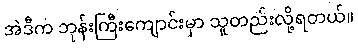
အဲဒီက ဘုန်းကြီးကျောင်းမှာ သူတည်းလို့ရတယ်။